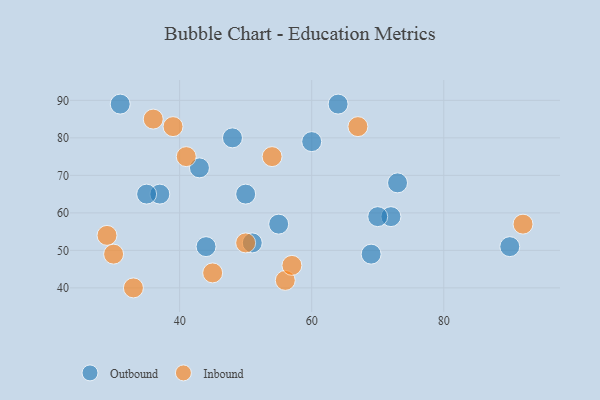
{"axis": {"x": "GDP", "y": "Life Expectancy"}, "legend": ["Inbound", "Outbound"], "data": [{"x": "90", "y": 51, "type": "Outbound"}, {"x": "37", "y": 65, "type": "Outbound"}, {"x": "73", "y": 68, "type": "Outbound"}, {"x": "31", "y": 89, "type": "Outbound"}, {"x": "72", "y": 59, "type": "Outbound"}, {"x": "55", "y": 57, "type": "Outbound"}, {"x": "64", "y": 89, "type": "Outbound"}, {"x": "44", "y": 51, "type": "Outbound"}, {"x": "69", "y": 49, "type": "Outbound"}, {"x": "50", "y": 65, "type": "Outbound"}, {"x": "60", "y": 79, "type": "Outbound"}, {"x": "51", "y": 52, "type": "Outbound"}, {"x": "70", "y": 59, "type": "Outbound"}, {"x": "35", "y": 65, "type": "Outbound"}, {"x": "48", "y": 80, "type": "Outbound"}, {"x": "43", "y": 72, "type": "Outbound"}, {"x": "50", "y": 52, "type": "Inbound"}, {"x": "39", "y": 83, "type": "Inbound"}, {"x": "56", "y": 42, "type": "Inbound"}, {"x": "92", "y": 57, "type": "Inbound"}, {"x": "29", "y": 54, "type": "Inbound"}, {"x": "33", "y": 40, "type": "Inbound"}, {"x": "67", "y": 83, "type": "Inbound"}, {"x": "30", "y": 49, "type": "Inbound"}, {"x": "36", "y": 85, "type": "Inbound"}, {"x": "41", "y": 75, "type": "Inbound"}, {"x": "54", "y": 75, "type": "Inbound"}, {"x": "57", "y": 46, "type": "Inbound"}, {"x": "45", "y": 44, "type": "Inbound"}]}